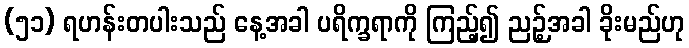
(၅၁) ရဟန်းတပါးသည် နေ့အခါ ပရိက္ခရာကို ကြည့်၍ ညဉ့်အခါ ခိုးမည်ဟု